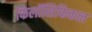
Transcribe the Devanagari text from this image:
फिलॉसिफिकल